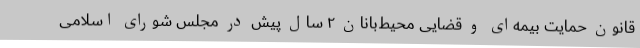
قانون حمایت بیمه‌ای و قضایی محیط‌بانان ۲ سال پیش در مجلس شورای اسلامی